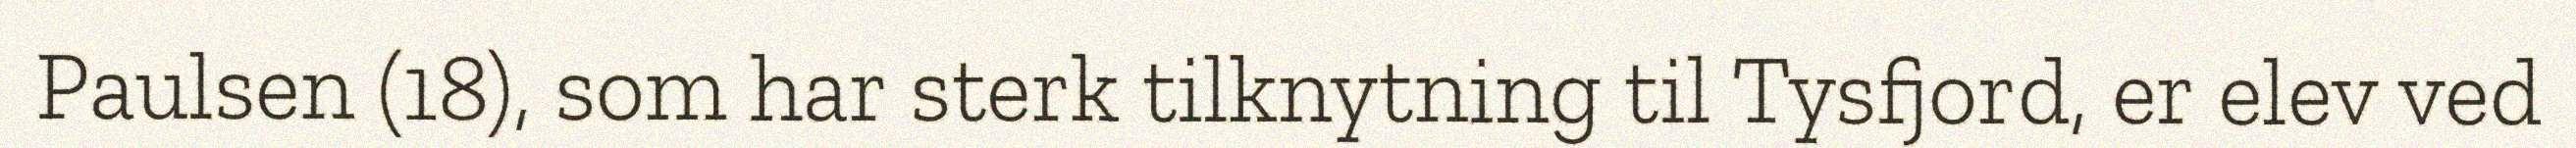
Paulsen (18), som har sterk tilknytning til Tysfjord, er elev ved